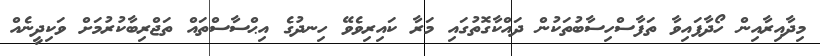
މިދާއިރާއިން ހޯދާފައިވާ ތަފާސްހިސާބުތަކުން ދައްކާގޮތުގައި މަރާ ކައިރިވެވޭ ހިނދުގެ އިޙްސާސްތައް ތަޖްރިބާކުރުމަށް ވަކިދީނެއް